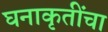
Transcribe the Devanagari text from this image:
घनाकृतींचा